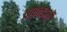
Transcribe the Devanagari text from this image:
प्रोफ़ाइलें